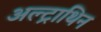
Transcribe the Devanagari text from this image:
अल्ट्राथिन